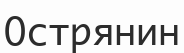
Острянин